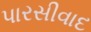
પારસીવાદ